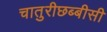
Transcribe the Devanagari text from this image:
चातुरीछब्बीसी